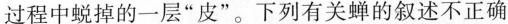
过程中蜕掉的一层”皮”。下列有关蝉的叙述不正确